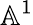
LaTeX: \mathbb{A}^{1}